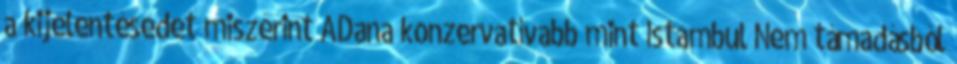
a kijelentésedet miszerint ADana konzervatívabb mint Istambul Nem támadásból